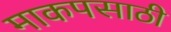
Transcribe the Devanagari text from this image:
माकपसाठी